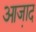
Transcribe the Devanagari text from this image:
आजा़द